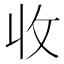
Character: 收